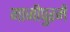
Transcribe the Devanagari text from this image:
गाजीपुरमें